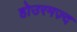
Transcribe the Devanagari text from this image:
होउरमज़्द